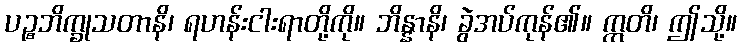
ပဉ္စဘိက္ခုသတာနိ၊ ရဟန်းငါးရာတို့ကို။ ဘိန္နာနိ၊ ခွဲအပ်ကုန်၏။ ဣတိ၊ ဤသို့။